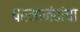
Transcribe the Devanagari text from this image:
परमानंदांचा